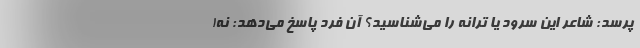
‌پرسد: شاعر این سرود یا ترانه را می‌شناسید؟ آن فرد پاسخ می‌دهد: نه!